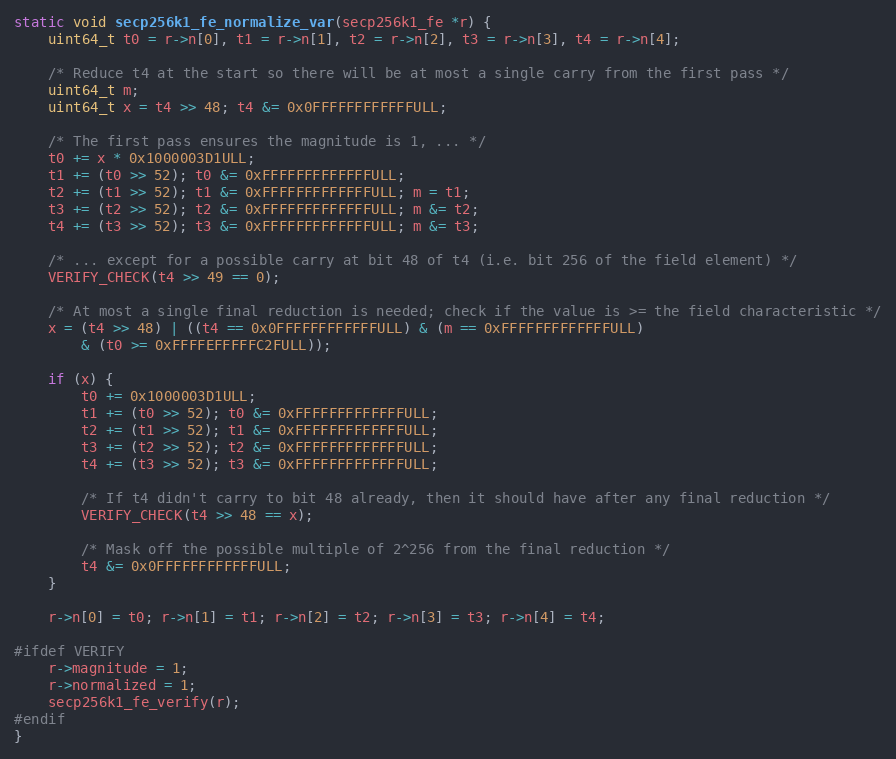
Language: C
static void secp256k1_fe_normalize_var(secp256k1_fe *r) {
    uint64_t t0 = r->n[0], t1 = r->n[1], t2 = r->n[2], t3 = r->n[3], t4 = r->n[4];

    /* Reduce t4 at the start so there will be at most a single carry from the first pass */
    uint64_t m;
    uint64_t x = t4 >> 48; t4 &= 0x0FFFFFFFFFFFFULL;

    /* The first pass ensures the magnitude is 1, ... */
    t0 += x * 0x1000003D1ULL;
    t1 += (t0 >> 52); t0 &= 0xFFFFFFFFFFFFFULL;
    t2 += (t1 >> 52); t1 &= 0xFFFFFFFFFFFFFULL; m = t1;
    t3 += (t2 >> 52); t2 &= 0xFFFFFFFFFFFFFULL; m &= t2;
    t4 += (t3 >> 52); t3 &= 0xFFFFFFFFFFFFFULL; m &= t3;

    /* ... except for a possible carry at bit 48 of t4 (i.e. bit 256 of the field element) */
    VERIFY_CHECK(t4 >> 49 == 0);

    /* At most a single final reduction is needed; check if the value is >= the field characteristic */
    x = (t4 >> 48) | ((t4 == 0x0FFFFFFFFFFFFULL) & (m == 0xFFFFFFFFFFFFFULL)
        & (t0 >= 0xFFFFEFFFFFC2FULL));

    if (x) {
        t0 += 0x1000003D1ULL;
        t1 += (t0 >> 52); t0 &= 0xFFFFFFFFFFFFFULL;
        t2 += (t1 >> 52); t1 &= 0xFFFFFFFFFFFFFULL;
        t3 += (t2 >> 52); t2 &= 0xFFFFFFFFFFFFFULL;
        t4 += (t3 >> 52); t3 &= 0xFFFFFFFFFFFFFULL;

        /* If t4 didn't carry to bit 48 already, then it should have after any final reduction */
        VERIFY_CHECK(t4 >> 48 == x);

        /* Mask off the possible multiple of 2^256 from the final reduction */
        t4 &= 0x0FFFFFFFFFFFFULL;
    }

    r->n[0] = t0; r->n[1] = t1; r->n[2] = t2; r->n[3] = t3; r->n[4] = t4;

#ifdef VERIFY
    r->magnitude = 1;
    r->normalized = 1;
    secp256k1_fe_verify(r);
#endif
}